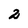
Character: 2